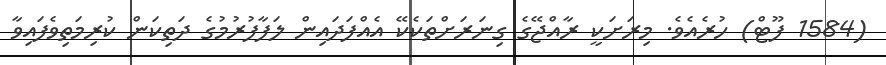
(1584 ފޫޓް) ހުރެއެވެ. މިރަށަކީ ރާއްޖޭގެ ގިނަރަށްތަކެކޭ އެއްފަދައިން ލަފާފުރުމުގެ ދަތިކަން ކުރިމަތިވެފައިވާ